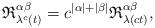
LaTeX: \begin{align*}\mathfrak{R}^{\alpha\beta}_{\lambda^{c}(t)} = c^{|\alpha|+ |\beta|} \mathfrak{R}^{\alpha\beta}_{\lambda(ct)},\end{align*}